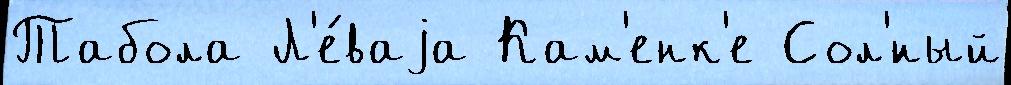
Табола Л'е́ваjа Кам'енк'е Сол'́ный